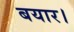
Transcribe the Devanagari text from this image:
बयार।